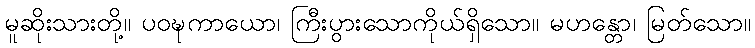
မူဆိုးသားတို့။ ပဝဍ္ဎကာယော၊ ကြီးပွားသောကိုယ်ရှိသော။ မဟန္တော၊ မြတ်သော။